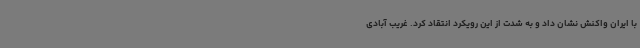
با ایران واکنش نشان داد و به شدت از این رویکرد انتقاد کرد. غریب آبادی